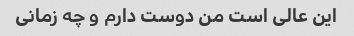
این عالی است من دوست دارم و چه زمانی